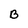
Character: B